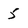
Character: 5